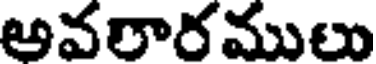
అవరారములు